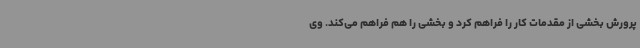
پرورش بخشی از مقدمات کار را فراهم کرد و بخشی را هم فراهم می‌کند. وی